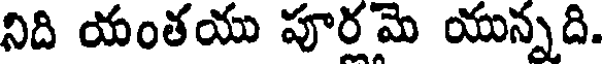
నిది యంతయు పూర మె యున్నది.